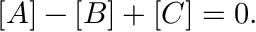
[ A ] - [ B ] + [ C ] = 0 .